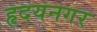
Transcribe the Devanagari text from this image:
हृदयनगर